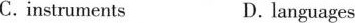
C.instruments D. languages